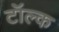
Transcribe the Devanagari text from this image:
टॉल्क